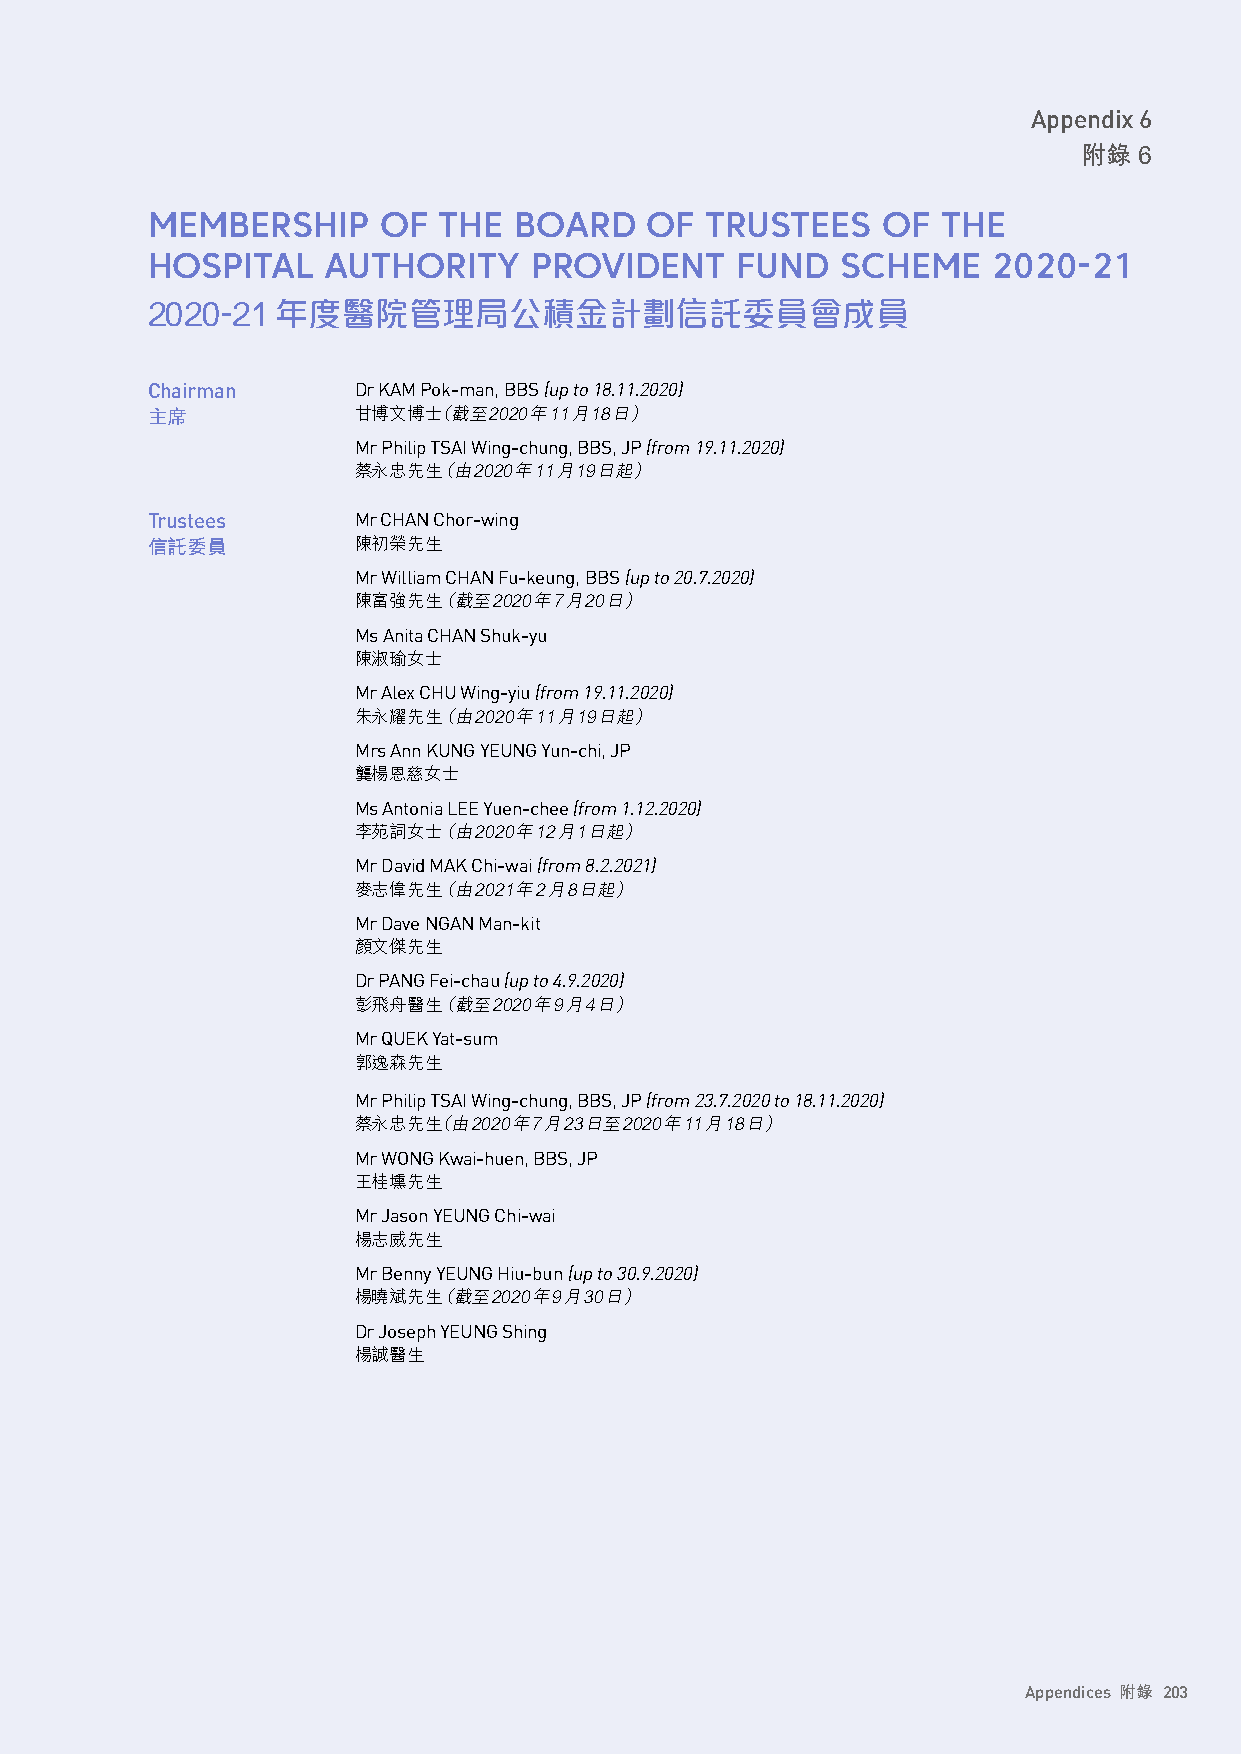
Appendix 6
 附錄 6
 MEMBERSHIP     OF  THE  BOARD    OF  TRUSTEES   OF  THE
 HOSPITAL   AUTHORITY     PROVIDENT     FUND   SCHEME    2020-21
 2020-21年度醫院管理局公積金計劃信託委員會成員
 Chairman     Dr KAM Pok-man, BBS (up to 18.11.2020)
 主席           甘博文博士（截至2020年11月18日）
 Mr Philip TSAI Wing-chung, BBS, JP (from 19.11.2020)
 蔡永忠先生（ 由2020年11月19日起）
 Trustees     Mr CHAN Chor-wing
 信託委員         陳初榮先生
 Mr William CHAN Fu-keung, BBS (up to 20.7.2020)
 陳富強先生（ 截至2020年7月20日）
 Ms Anita CHAN Shuk-yu
 陳淑瑜女士
 Mr Alex CHU Wing-yiu (from 19.11.2020)
 朱永耀先生（ 由2020年11月19日起）
 Mrs Ann KUNG YEUNG Yun-chi, JP
 龔楊恩慈女士
 Ms Antonia LEE Yuen-chee (from 1.12.2020)
 李苑詞女士（ 由2020年12月1日起）
 Mr David MAK Chi-wai (from 8.2.2021)
 麥志偉先生（ 由2021年2月8日起）
 Mr Dave NGAN Man-kit
 顏文傑先生
 Dr PANG Fei-chau (up to 4.9.2020)
 彭飛舟醫生（ 截至2020年9月4日）
 Mr QUEK Yat-sum
 郭逸森先生
 Mr Philip TSAI Wing-chung, BBS, JP (from 23.7.2020 to 18.11.2020)
 蔡永忠先生（由2020年7月23日至2020年11月18日）
 Mr WONG Kwai-huen, BBS, JP
 王桂壎先生
 Mr Jason YEUNG Chi-wai
 楊志威先生
 Mr Benny YEUNG Hiu-bun (up to 30.9.2020)
 楊曉斌先生（ 截至2020年9月30日）
 Dr Joseph YEUNG Shing
 楊誠醫生
 Appendices 附錄 203